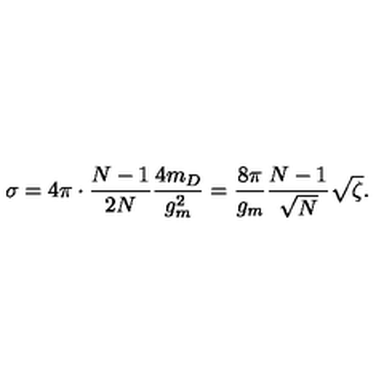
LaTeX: \sigma = 4 \pi \cdot \frac { N - 1 } { 2 N } \frac { 4 m _ { D } } { g _ { m } ^ { 2 } } = \frac { 8 \pi } { g _ { m } } \frac { N - 1 } { \sqrt { N } } \sqrt { \zeta } .